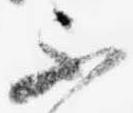
不